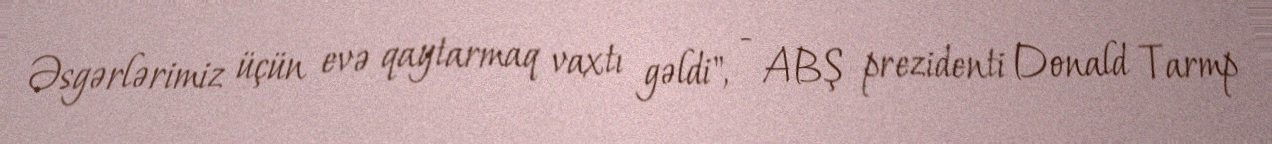
Əsgərlərimiz üçün evə qaytarmaq vaxtı gəldi", - ABŞ prezidenti Donald Tarmp